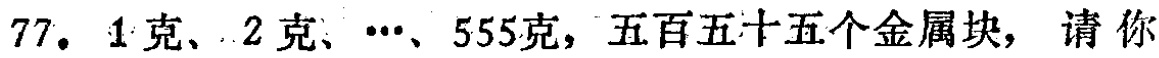
77. 1克、2克、\(\cdots\)、555克，五百五十五个金属块，请你